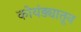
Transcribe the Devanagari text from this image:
कोयंड्यातून